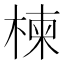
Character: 楝